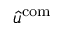
\hat { u } ^ { \mathrm { c o m } }